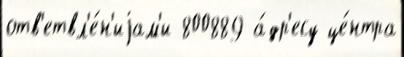
отв'етвл'е́н'иjам'и 800889 а́др'есу це́нтра